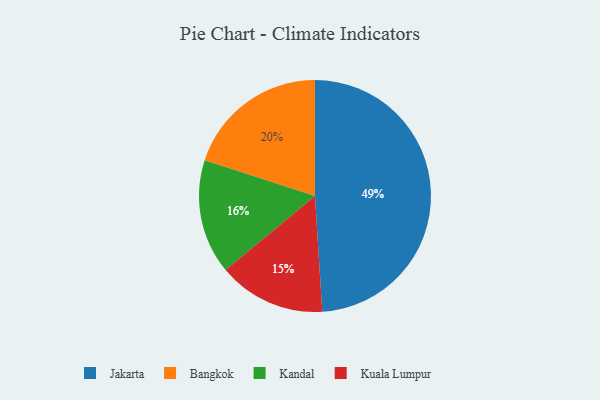
{"axis": {"x": "Category", "y": "Percentage"}, "legend": ["Bangkok", "Jakarta", "Kandal", "Kuala Lumpur"], "data": [{"x": "Bangkok", "y": 20, "type": "Bangkok"}, {"x": "Jakarta", "y": 49, "type": "Jakarta"}, {"x": "Kuala Lumpur", "y": 15, "type": "Kuala Lumpur"}, {"x": "Kandal", "y": 16, "type": "Kandal"}]}